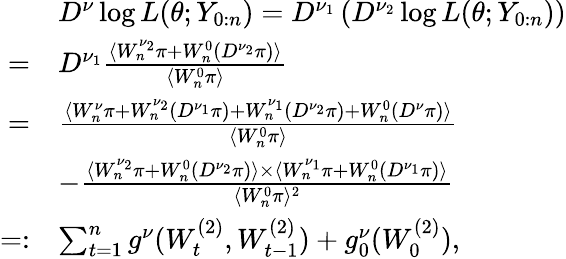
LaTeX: \begin{array}{rl}&{D^{\nu}\log L(\theta;Y_{0:n})=D^{\nu_{1}}\left(D^{\nu_{2}}\log L(\theta;Y_{0:n})\right)}\\ {=}&{D^{\nu_{1}}\frac{\langle W_{n}^{\nu_{2}}\pi+W_{n}^{0}(D^{\nu_{2}}\pi)\rangle}{\langle W_{n}^{0}\pi\rangle}}\\ {=}&{\frac{\langle W_{n}^{\nu}\pi+W_{n}^{\nu_{2}}(D^{\nu_{1}}\pi)+W_{n}^{\nu_{1}}(D^{\nu_{2}}\pi)+W_{n}^{0}(D^{\nu}\pi)\rangle}{\langle W_{n}^{0}\pi\rangle}}\\ &{-\frac{\langle W_{n}^{\nu_{2}}\pi+W_{n}^{0}(D^{\nu_{2}}\pi)\rangle\times\langle W_{n}^{\nu_{1}}\pi+W_{n}^{0}(D^{\nu_{1}}\pi)\rangle}{\langle W_{n}^{0}\pi\rangle^{2}}}\\ {=:}&{\sum_{t=1}^{n}g^{\nu}(W_{t}^{(2)},W_{t-1}^{(2)})+g_{0}^{\nu}(W_{0}^{(2)}),}\end{array}